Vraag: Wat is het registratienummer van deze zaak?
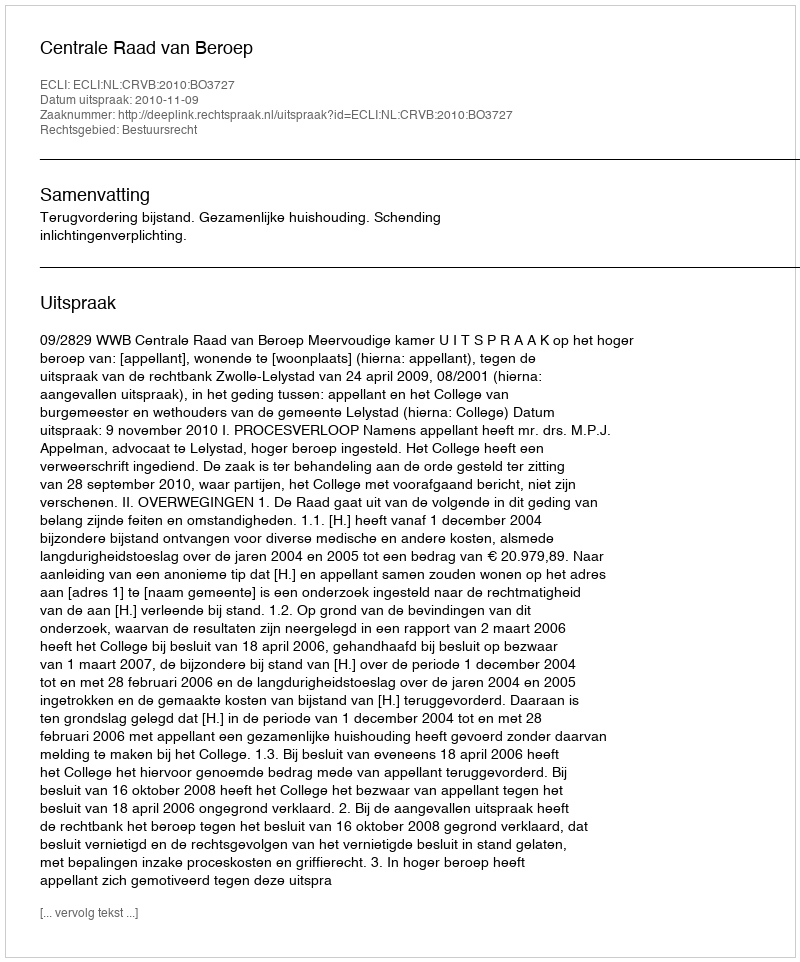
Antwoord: http://deeplink.rechtspraak.nl/uitspraak?id=ECLI:NL:CRVB:2010:BO3727